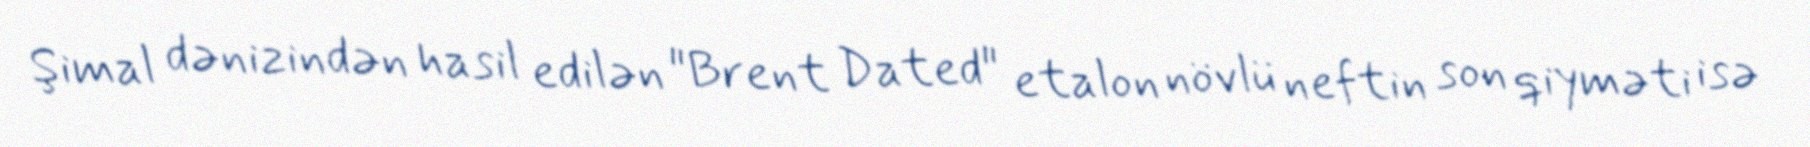
Şimal dənizindən hasil edilən "Brent Dated" etalon növlü neftin son qiyməti isə